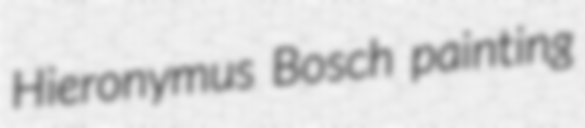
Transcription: Hieronymus Bosch painting